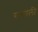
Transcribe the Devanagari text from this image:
सन्ताली